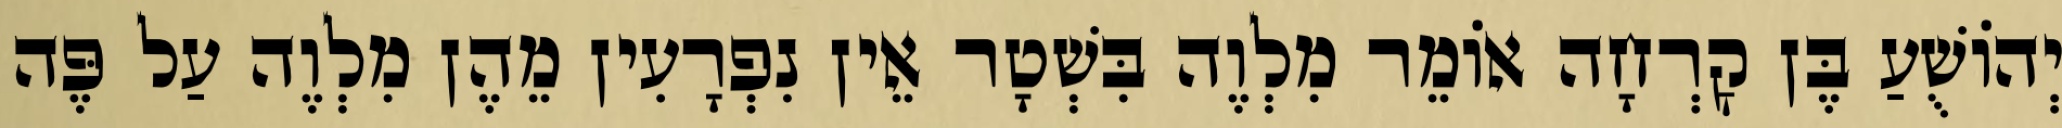
יְהוֹשֻׁעַ בֶּן קׇרְחָה אוֹמֵר מִלְוֶה בִּשְׁטָר אֵין נִפְרָעִין מֵהֶן מִלְוֶה עַל פֶּה